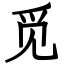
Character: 觅